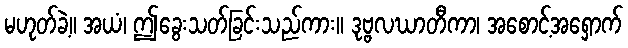
မဟုတ်ခဲ့။ အယံ၊ ဤခွေးသတ်ခြင်းသည်ကား။ ဒုဗ္ဗလဃာတီကာ၊ အစောင့်အရှောက်